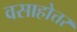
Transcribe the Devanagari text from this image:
वसाहोत्तर